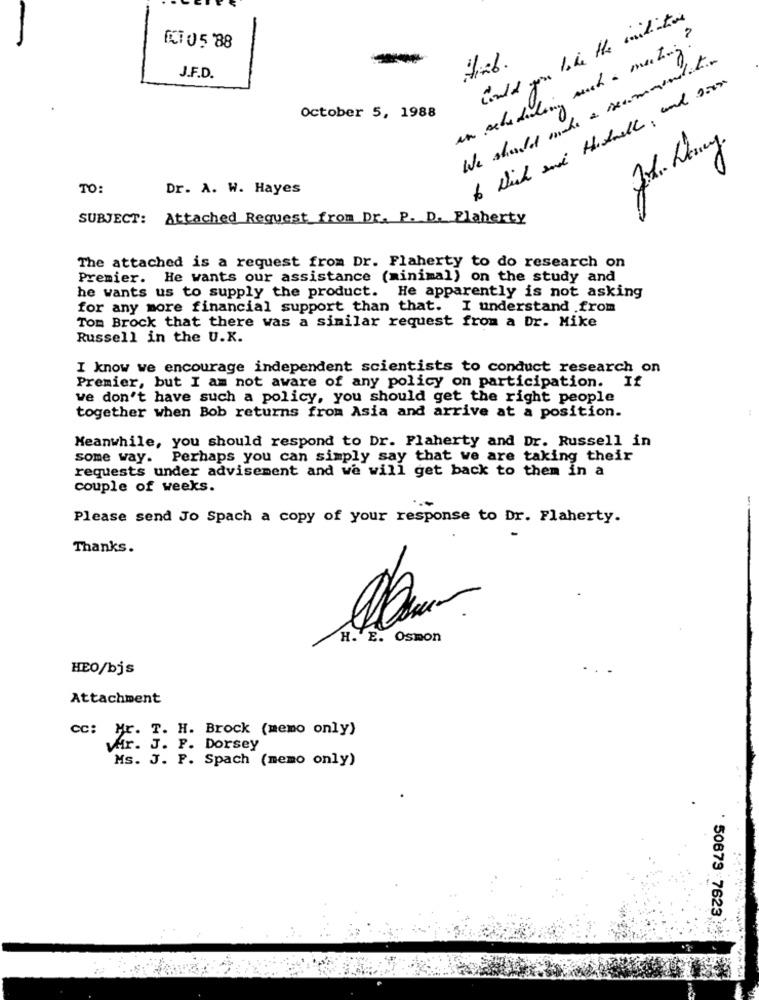
would you like the initiation
an schededoing auch a meeting ?
E105 88
We should make a recommendit
J.F.D.
to Which one Hishwell, and soon
October 5, 1988
TO:
Dr. A. W. Hayes
SUBJECT: Attached Request_from Dr. P. D. Flaherty
The attached is a request from Dr. Flaherty to do research on
Premier. He wants our assistance (minimal) on the study and
he wants us to supply the product. He apparently is not asking
for any more financial support than that. I understand .from
Tom Brock that there was a similar request from a Dr. Mike
Russell in the U.K.
I know we encourage independent scientists to conduct research on
Premier, but I am not aware of any policy on participation. If
we don't have such a policy, you should get the right people
together when Bob returns from Asia and arrive at a position.
Meanwhile, you should respond to Dr. Flaherty and Dr. Russell in
some way. Perhaps you can simply say that we are taking their
requests under advisement and we will get back to them in a
couple of weeks.
Please send Jo Spach a copy of your response to Dr. Flaherty.
Thanks.
H. E. Osmon
HEO/bjs
Attachment
CC:
T. H. Brock (memo only)
Mr. J. F. Dorsey
Ms. J. P. Spach (memo only)
50679 7623